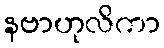
နဗာဟုလိကာ